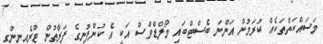
މަސައްކަތްތަކެއް ކުރަމުން އަންނަ ބެސްޓްބައި މޯލްޑްވްސް އަކީ އެ ކުންފުނީގެ ފަރާތުން ޓްރެއިނިންގ